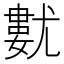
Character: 𡰓